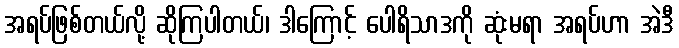
အရပ်ဖြစ်တယ်လို့ ဆိုကြပါတယ်၊ ဒါကြောင့် ပေါရိသာဒကို ဆုံးမရာ အရပ်ဟာ အဲဒီ